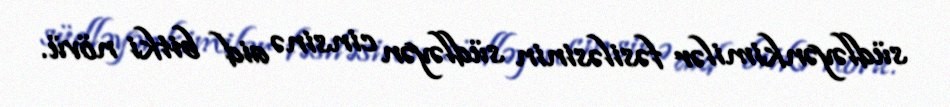
südləyənkimilər fəsiləsinin südləyən cinsinə aid bitki növü.